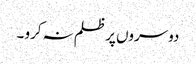
دوسروں پر ظلم نہ کرو ۔